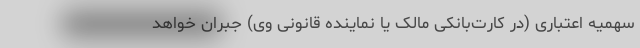
سهمیه اعتباری (در کارت‌بانکی مالک یا نماینده قانونی وی) جبران خواهد